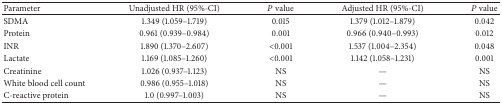
<table><thead><tr><td><b>Parameter</b></td><td><b>Unadjusted HR (95%-CI)</b></td><td><b><i>P</i> value</b></td><td><b>Adjusted HR (95%-CI)</b></td><td><b><i>P</i> value</b></td></tr></thead><tbody><tr><td>SDMA</td><td>1.349 (1.059–1.719)</td><td>0.015</td><td>1.379 (1.012–1.879)</td><td>0.042</td></tr><tr><td>Protein</td><td>0.961 (0.939–0.984)</td><td>0.001</td><td>0.966 (0.940–0.993)</td><td>0.012</td></tr><tr><td>INR</td><td>1.890 (1.370–2.607)</td><td>&lt;0.001</td><td>1.537 (1.004–2.354)</td><td>0.048</td></tr><tr><td>Lactate</td><td>1.169 (1.085–1.260)</td><td>&lt;0.001</td><td>1.142 (1.058–1.231)</td><td>0.001</td></tr><tr><td>Creatinine</td><td>1.026 (0.937–1.123)</td><td>NS</td><td>—</td><td>NS</td></tr><tr><td>White blood cell count</td><td>0.986 (0.955–1.018)</td><td>NS</td><td>—</td><td>NS</td></tr><tr><td>C-reactive protein</td><td>1.0 (0.997–1.003)</td><td>NS</td><td>—</td><td>NS</td></tr></tbody></table>